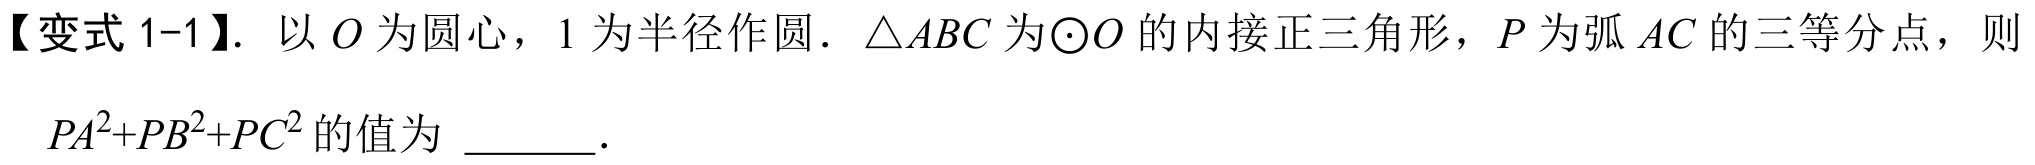
【变式 1-1】. 以\(O\)为圆心，\(1\)为半径作圆．\(\triangle ABC\)为\(\odot O\)的内接正三角形，\(P\)为弧\(AC\)的三等分点，则\(PA^{2}+PB^{2}+PC^{2}\)的值为  ．